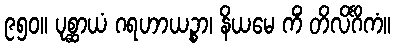
၉၅၀။ ပုစ္ဆာယံ ဂရဟာယဉ္စာ၊ နိယမေ ကိံ တိလိင်္ဂိကံ။